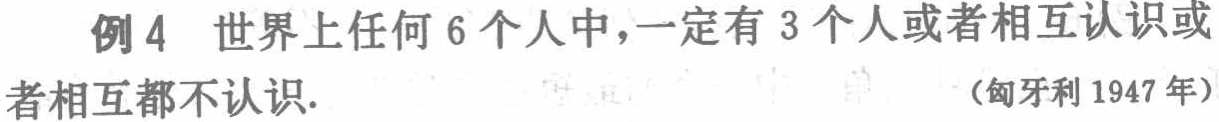
例4 世界上任何6个人中，一定有3个人或者相互认识或者相互都不认识. （匈牙利1947年）